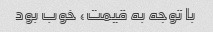
با توجه به قیمت، خوب بود